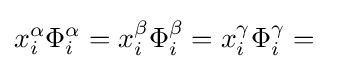
x_{i}^{\alpha }\Phi _{i}^{\alpha }=x_{i}^{\beta }\Phi _{i}^{\beta }=x_{i}^{\gamma }\Phi _{i}^{\gamma }=\quad